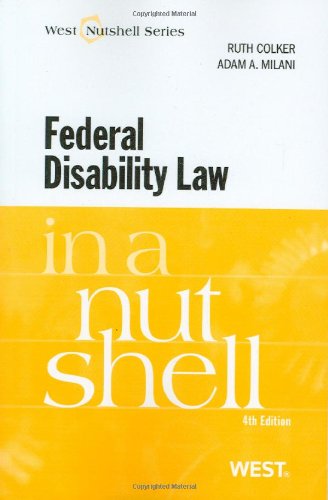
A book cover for Federal Disability Law in a Nutshell; Ruth Colker; Law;